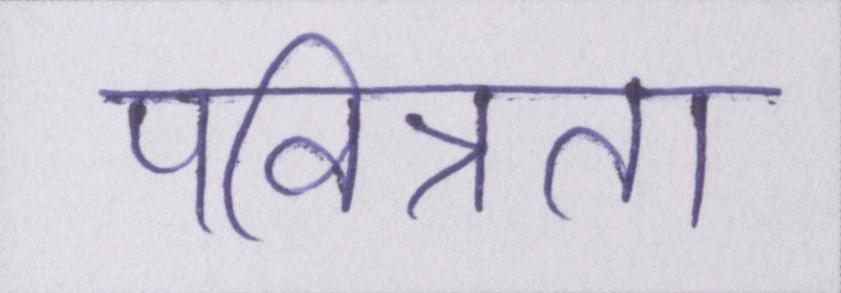
पवित्रता